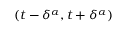
( t - \delta ^ { \alpha } , t + \delta ^ { \alpha } )